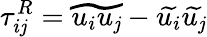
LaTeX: \tau_{i\mathit{j}}^{R}=\widetilde{{u_{i}u_{\mathit{j}}}}-\widetilde{{u_{i}}}\widetilde{{u_{\mathit{j}}}}